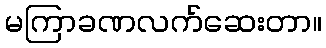
မကြာခဏလက်ဆေးတာ။